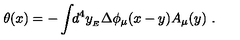
\theta ( x ) = - \int \! \! d ^ { 4 } y _ { _ { E } } \Delta \phi _ { \mu } ( x - y ) A _ { \mu } ( y ) \ .